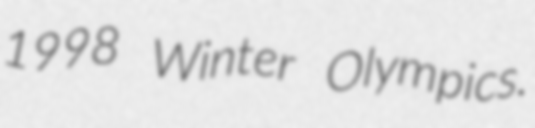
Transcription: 1998 Winter Olympics.